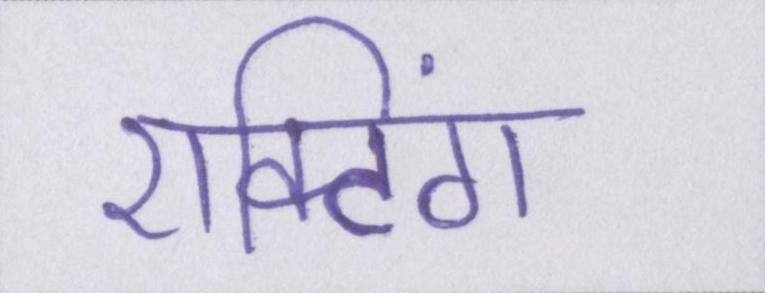
एक्टिंग